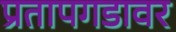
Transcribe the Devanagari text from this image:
प्रतापगडावर